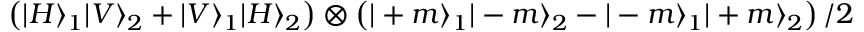
\left( | H \rangle _ { 1 } | V \rangle _ { 2 } + | V \rangle _ { 1 } | H \rangle _ { 2 } \right) \otimes \left( | + m \rangle _ { 1 } | - m \rangle _ { 2 } - | - m \rangle _ { 1 } | + m \rangle _ { 2 } \right) / 2